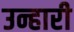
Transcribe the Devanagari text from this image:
उन्हारी